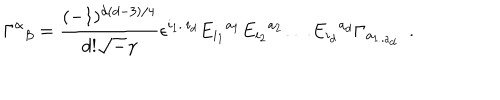
LaTeX: \Gamma ^ { \alpha } { } _ { \beta } = \frac { ( - 1 ) ^ { d ( d - 3 ) / 4 } } { d ! { \sqrt - \gamma } } \epsilon ^ { i _ { 1 } . . i _ { d } } E _ { i _ { 1 } } { } ^ { a _ { 1 } } E _ { i _ { 2 } } { } ^ { a _ { 2 } } \ldots E _ { i _ { d } } { } ^ { a _ { d } } \Gamma _ { a _ { 1 . . a { _ d } } } ~ ~ .